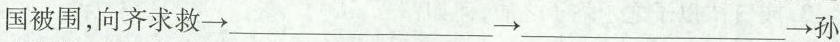
国被围，向齐求救\rightarrow ___\rightarrow ___\rightarrow 孙